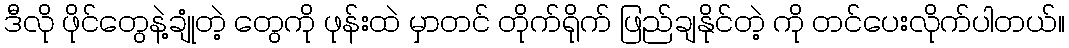
ဒီလို ဖိုင်တွေနဲ့ချုံတဲ့ တွေကို ဖုန်းထဲ မှာတင် တိုက်ရိုက် ဖြည်ချနိုင်တဲ့ ကို တင်ပေးလိုက်ပါတယ်။